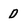
Character: D